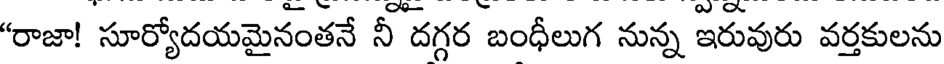
"రాజా! సూర్యోదయమైనంతనే నీ దగ్గర బంధీలుగ నున్న ఇరువురు వర్తకులను